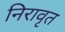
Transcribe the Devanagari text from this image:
निरावृत